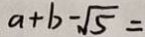
a + b - \sqrt { 5 } =